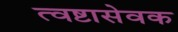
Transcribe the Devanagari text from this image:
त्वष्टासेवक